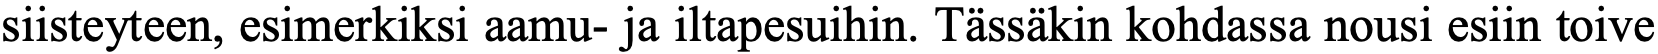
siisteyteen, esimerkiksi aamu- ja iltapesuihin. Tässäkin kohdassa nousi esiin toive